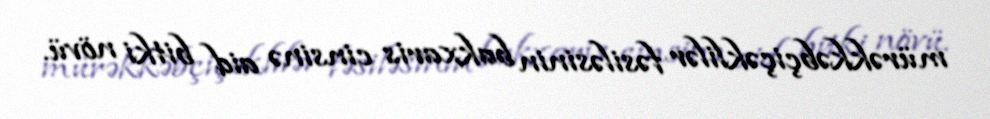
mürəkkəbçiçəklilər fəsiləsinin bakxaris cinsinə aid bitki növü.